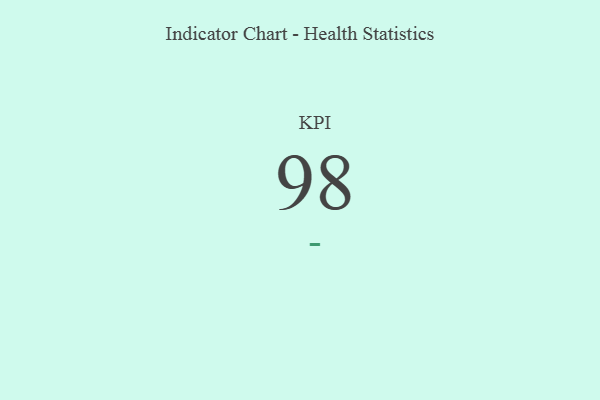
{"axis": {"x": "KPI", "y": "Value"}, "legend": [""], "data": [{"x": "KPI", "y": 98, "type": ""}]}